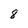
Character: 8